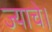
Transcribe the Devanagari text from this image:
ज्याचे।